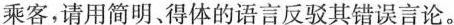
乘客，请用简明、得体的语言反驳其错误言论。